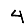
Digit: 4